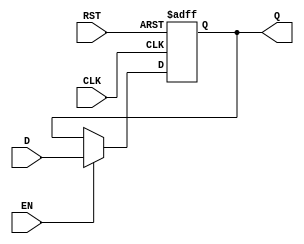
module PipelineBuffer #(parameter DATA_WIDTH = 8) (
    input  wire [DATA_WIDTH-1:0] D,  // Data input
    input  wire CLK,                  // Clock signal
    input  wire EN,                   // Enable signal
    input  wire RST,                  // Asynchronous reset (optional)
    output reg  [DATA_WIDTH-1:0] Q   // Data output
);

// Asynchronous reset functionality
always @ (posedge CLK or posedge RST) begin
    if (RST) begin
        Q <= {DATA_WIDTH{1'b0}}; // Reset output to zero
    end else if (EN) begin
        Q <= D;                  // Latch the data input
    end
    // If EN is low, Q retains its previous value
end

endmodule